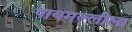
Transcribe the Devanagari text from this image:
पायमल्लीला